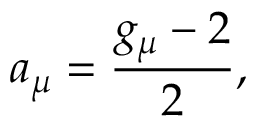
a _ { \mu } = \frac { g _ { \mu } - 2 } { 2 } ,